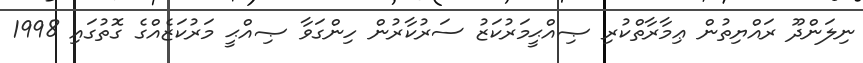
ނިލަންދޫ ރައްޔިތުން ޢިމާރާތްކުރި ޞިއްޙީމަރުކަޒު ސަރުކާރުން ހިންގަވާ ޞިއްޙީ މަރުކަޒެއްގެ ގޮތުގައި 1998